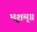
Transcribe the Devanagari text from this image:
भृशम्॥